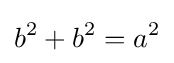
b^{2}+b^{2}=a^{2}